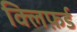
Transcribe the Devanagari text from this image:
क्लिफ़र्ड